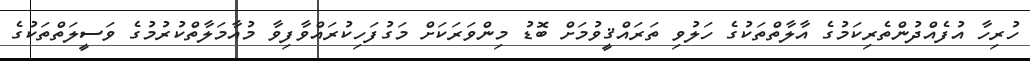
ހުރިހާ އުފެއްދުންތެރިކަމުގެ އާލާތްތަކުގެ ހަލުވި ތަރައްޤީވުމަށް ބޮޑު މިންވަރަކަށް މަގުފަހިކުރައްވާފިވާ މުއާމަލާތްކުރުމުގެ ވަސީލަތްތަކުގެ